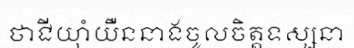
ថាជីយ៉ាំយឺននាងចូលចិត្តទស្សនា